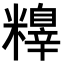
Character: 𥼺